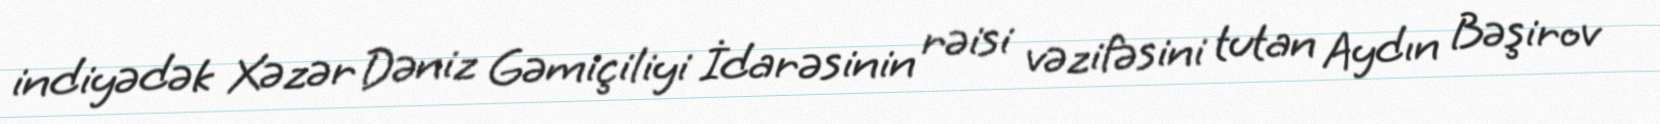
indiyədək Xəzər Dəniz Gəmiçiliyi İdarəsinin rəisi vəzifəsini tutan Aydın Bəşirov